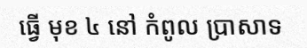
ធ្វើ មុខ ៤ នៅ កំពូល ប្រាសាទ